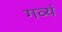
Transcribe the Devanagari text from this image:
गव्यं